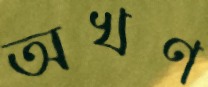
অখণ